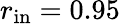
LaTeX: r_{\mathrm{in}}=0.95